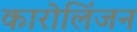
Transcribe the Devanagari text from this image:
कारोलिंजन